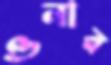
ওনার